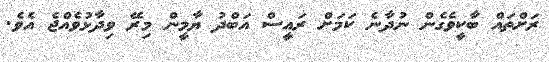
ރަށްތައް ބާކީވެގެން ނުދާނެ ކަމަށް ރައީސް އަބްދު ޔާމީން މިރޭ ވިދާޅުވެއްޖެ އެވެ.